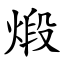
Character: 煅